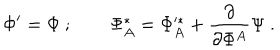
LaTeX: \Phi ^ { \prime } = \Phi \ ; \qquad \Phi _ { A } ^ { * } = \Phi _ { A } ^ { * } + \frac { \partial } { \partial \Phi ^ { A } } \Psi \ .